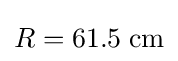
R=61.5\;{\text{cm}}